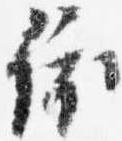
依